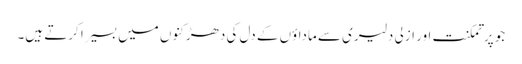
جو پر تمکنت اور ازلی دلیری سے ماداؤں کے دل کی دھڑکنوں میں بسیرا کرتے ہیں۔